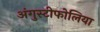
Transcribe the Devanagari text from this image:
अंगुस्टीफोलिया